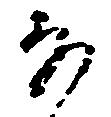
な